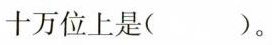
十万位上是( )。